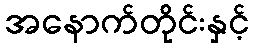
အနောက်တိုင်းနှင့်